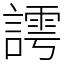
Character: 謣